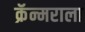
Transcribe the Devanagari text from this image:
क्रॅन्मराला